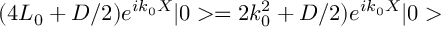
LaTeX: ( 4 L _ { 0 } + D / 2 ) e ^ { i k _ { 0 } X } | 0 > = 2 k _ { 0 } ^ { 2 } + D / 2 ) e ^ { i k _ { 0 } X } | 0 >